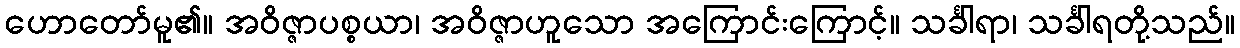
ဟောတော်မူ၏။ အဝိဇ္ဇာပစ္စယာ၊ အဝိဇ္ဇာဟူသော အကြောင်းကြောင့်။ သင်္ခါရာ၊ သင်္ခါရတို့သည်။